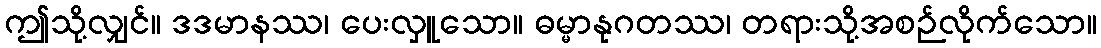
ဤသို့လျှင်။ ဒဒမာနဿ၊ ပေးလှူသော။ ဓမ္မာနုဂတဿ၊ တရားသို့အစဉ်လိုက်သော။